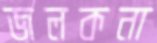
জলকনা